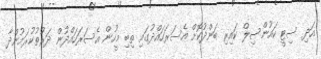
އަދި ސިޓީ ކައުންސިލް ކައިރި ބަންދުކޮށް އެސަރަހައްދުގައި ތިބި މީހުން އެސަރަހައްދުން ދަރުތުކުރަމުންދާ